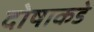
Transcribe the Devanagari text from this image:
दोषाकडे